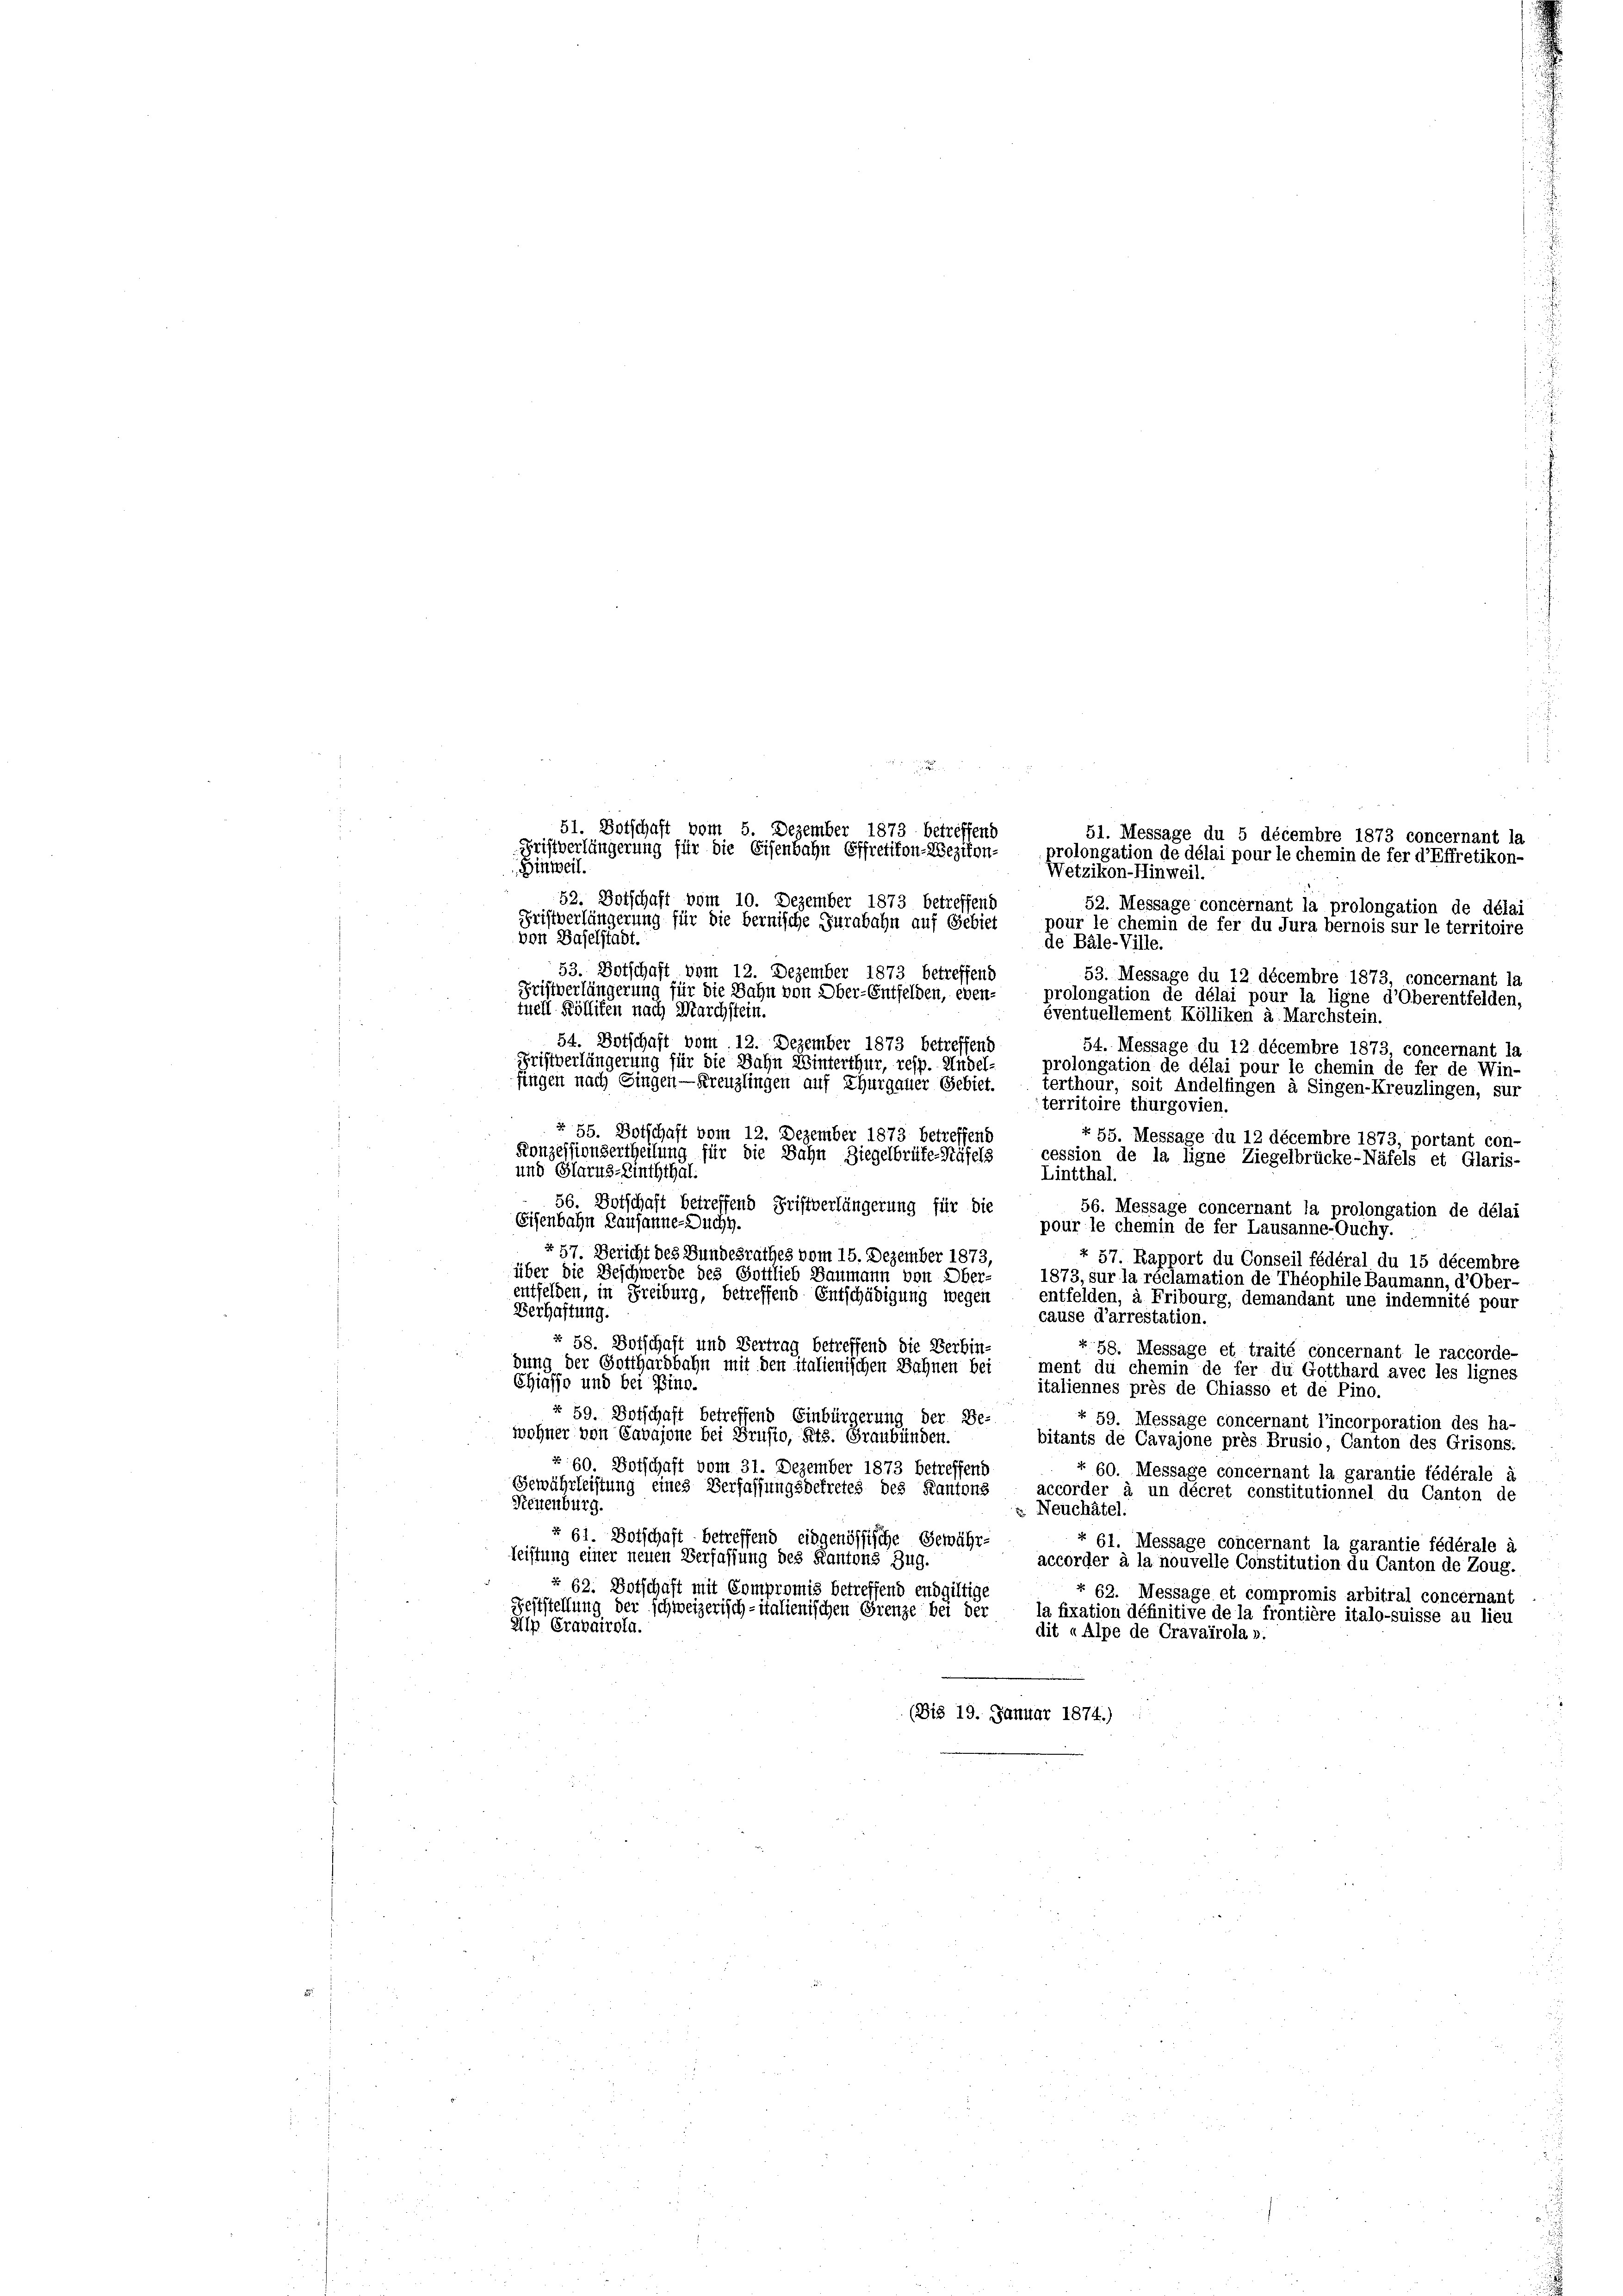
Wetzikon-Hinweil.
52. Botschaft vom 10. Dezember 1873 betreffend
52. Message concernant la prolongation de délai
Fristverlängerung für die bernische Jurabahn auf Gebiet
pour le chemin de fer du Jura bernois sur le territoire
von Baselstadt.
de Bäle-Ville.
53. Dotschaft vom 12. Dezember 1873 betreffend
53. Message du 12 décembre 1873, concernant la
Fristverlängerung für die Bahn von Ober-Entfelden, eben-
prolongation de délai pour la ligne d’Oberentfelden,
tuell Kölliken nach Marchstein.
éventuellement Kölliken a. Marchstein.
54. Botschaft vom 12. Dezember 1873 betreffend
54. Message du 12 décembre 1873, concernant la
Fristverlängerung für die Bahn Winterthur, resp. Andelprolongation de délai pour le chemin de fer de Win-
fingen nach Eingen — Kreuzlingen auf Thurgauer Gebiet.
terthour, soit Andelfingen à Singen-Kreuzlingen, sur
iterritoire thurgovien.
§ 55. Botschaft vom 12. Dezember 1873 betreffend
§ 55. Message du 12 décembre 1873, portant con-
Konzessionsertheilung für die Bahn Ziegelbrüte-Räfels
cession de la ligne Ziegelbrücke-Näfels et Glaris-
und Glarus-Einththal.
Lintthal.
56. Botschaft betreffend Fristverlängerung für die
56. Message concernant la prolongation de délai
Eisenbahn Lausanne-Duchy.
pour le chemin de fer Lausanne-Ouchy.
§ 57. Bericht des Bundesrathes vom 15. Dezember 1873,
+ 57. Rapport du Conseil fédéral du 15 décembre
über die Beschwerde des Gottlieb Baumann von Ober-
1873, sur la réclamation de Théophile Baumann, d’Ober-
entfelden, in Freiburg, betreffend Entschädigung wegen entfelden, à Fribourg, demandant une indemnité pour
Verhaftung.
cause d’arrestation.
§ 58. Botschaft und Vertrag betreffend die Verbin-
r. 58. Message et traité concernant le raccorde-
dung der Gotthardbahn mit den italienischen Sahnen bei
ment du chemin de fer du Gotthard avec les lignes
Chiasso und bei Bino.
italiennes près de Chiasso et de Pino.
§ 59. Botschaft betreffend Einbürgerung der Be-
« 59. Message concernant l’incorporation des ha-
wohner von Cavajone bei Prusio, Kts. Graubünden.
bitants de Cavajone près Brusio, Canton des Grisons:
r 60. Botschaft vom 31. Dezember 1873 betreffend
r. 60. Message concernant la garantie fédérale à
Gewährleistung eines Verfassungsdekretes des Kantons accorder à un décret constitutionnel du Canton de
Tieuenburg.
z Neuchâtel.
§ 61. Botschaft betreffend eidgenössische Gewähr-
+ 61. Message concernant la garantie fédérale à
leistung einer neuen Verfassung des Kantons Zug.
accorder à la nouvelle Constitution du Canton de Zoug.
§ 62. Botschaft mit Compromis betreffend endgültige
§ 63. Message et compromis arbitral concernant
Feststellung der schweizerisch-italienischen Grenze bei der la fixation définitive de la frontière italo-suisse au lieu
Alp Cravairola.
dit «Alpe de Cravairola ».
(Bis 19. Januar 1874.)

51. Botschaft vom 5. Dezember 1873 betreffend
51. Message du 5 décembre 1873 concernant la
Fristverlängerung für die Eisenbahn Effretikon-Wezikon-
prolongation de délai pour le chemin de fer d’Effretikon-
Hinweil.